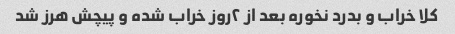
کلا خراب و بدرد نخوره بعد از ۲روز خراب شده و پیچش هرز شد